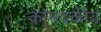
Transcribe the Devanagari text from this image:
कांमदकीय